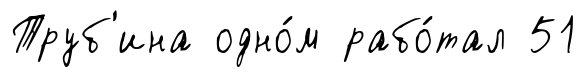
Труб'ина одно́м рабо́тал 51